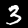
Label: 3